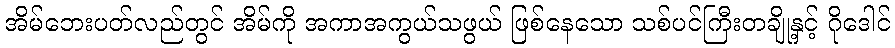
အိမ်ဘေးပတ်လည်တွင် အိမ်ကို အကာအကွယ်သဖွယ် ဖြစ်နေသော သစ်ပင်ကြီးတချို့နှင့် ဂိုဒေါင်